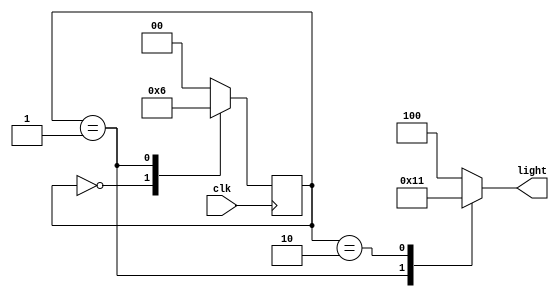
module cyclicLights (clk,light);
	input clk;
	output reg [2:0] light;
	reg [1:0] state;
 	parameter S0 = 0, S1 = 1, S2 = 2;
 	parameter RED = 3'b100, YELLOW = 3'b010, GREEN = 3'b001;

	always @(state) begin
		case (state)
			S0 : light = RED;
			S1: light = YELLOW;
			S2 : light = GREEN;
			default : light = RED;
		endcase
	end

	always @ (posedge clk) begin
		case (state)
			S0 : state <= S1;
			S1 : state <= S2;
			S2 : state <= S0;
			default : state <= S0;
		endcase
	end
endmodule

module testbench;
	wire [2:0] light;
	reg clk;
	cyclicLights DUT (clk,light);

  always #5 clk = ~clk;

	initial begin
		clk = 0;
		$dumpfile ("waveform.vcd");
		$dumpvars (0,testbench);
		$monitor ($time," lights = %b",light);
	end

	initial #100 $finish;
endmodule